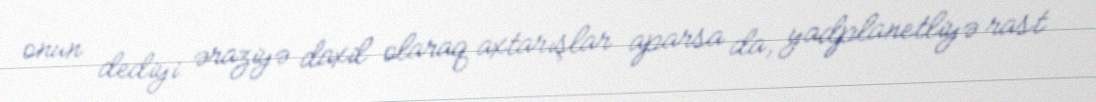
onun dediyi əraziyə daxil olaraq axtarışlar aparsa da, yadplanetliyə rast